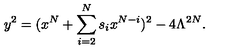
y ^ { 2 } = ( x ^ { N } + \sum _ { i = 2 } ^ { N } s _ { i } x ^ { N - i } ) ^ { 2 } - 4 \Lambda ^ { 2 N } .